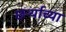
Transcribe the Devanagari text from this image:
छर्ऱ्याच्या